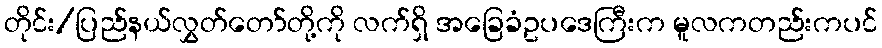
တိုင်း/ပြည်နယ်လွှတ်တော်တို့ကို လက်ရှိ အခြေခံဥပဒေကြီးက မူလကတည်းကပင်